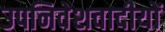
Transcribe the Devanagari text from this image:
उपनिवेशवादीयों